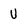
Character: U